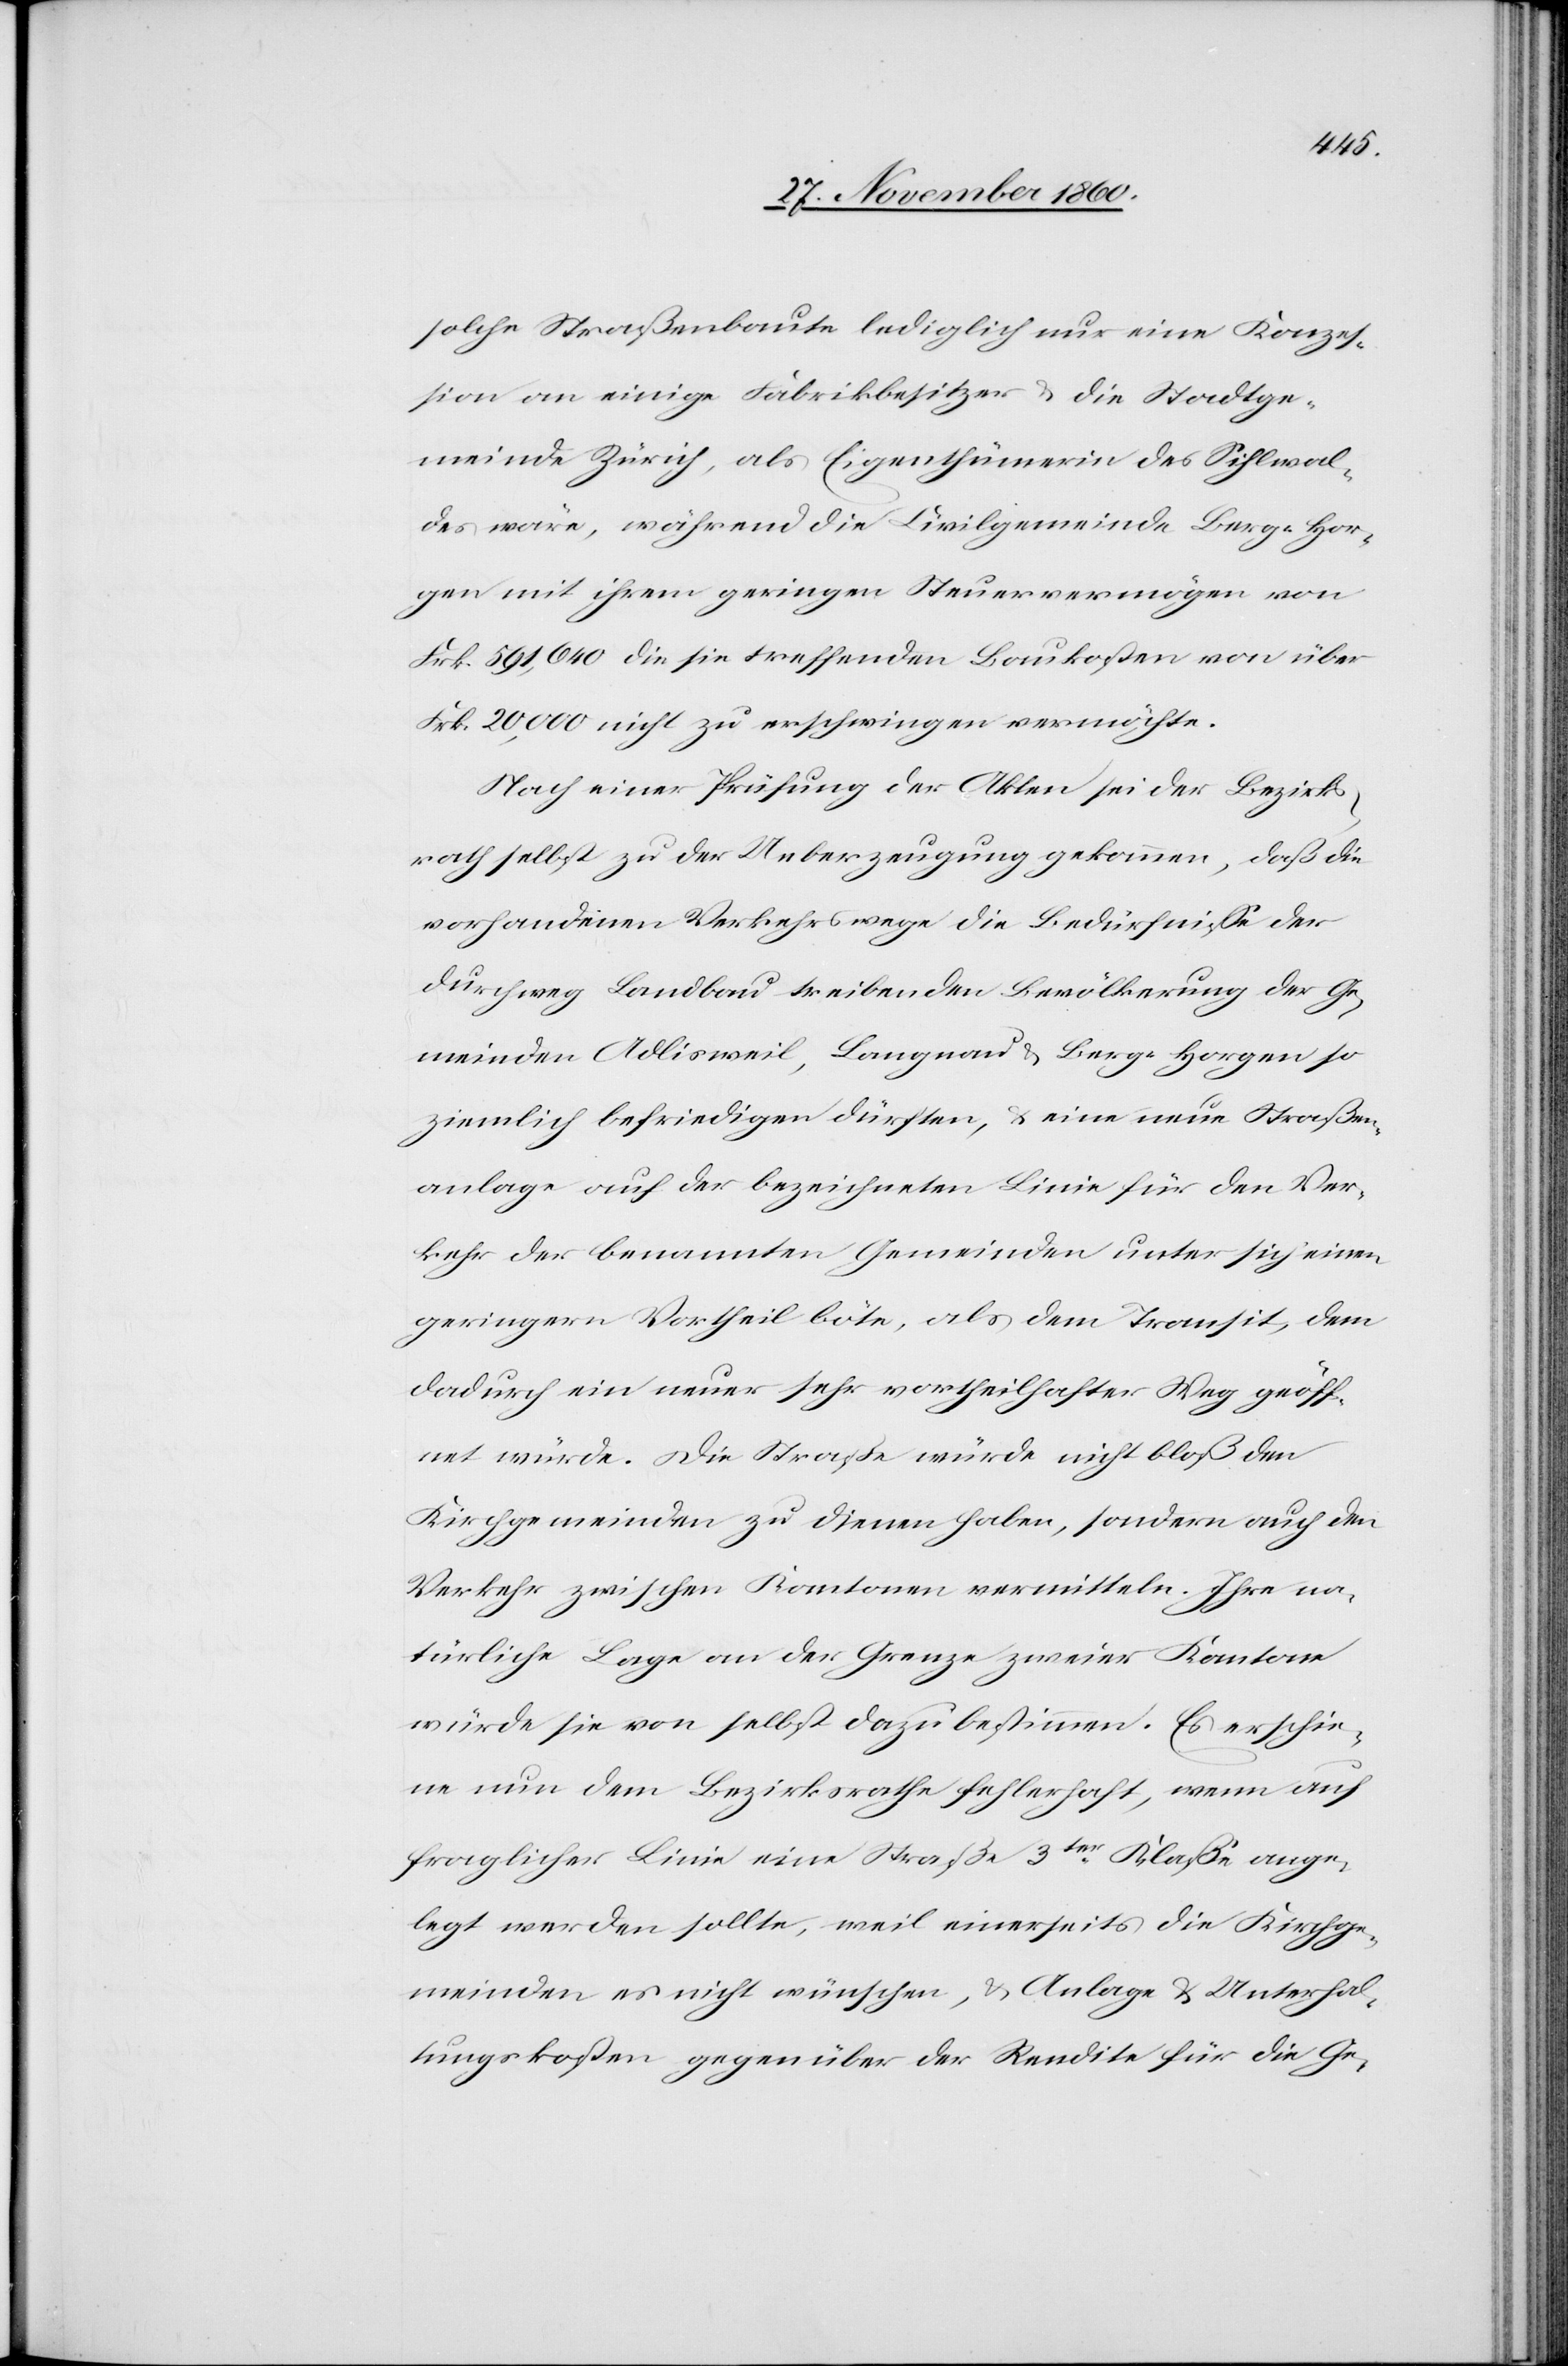
solche Straßenbaute lediglich nur eine Konzes¬
sion an einige Fabrikbesitzer u. die Stadtge¬
meine Zürich, als Eigenthümerin des Sihlwal¬
des, wäre, während die Civilgemeinde Berg-Hor¬
gen mit ihrem geringen Steuervermögen von
Frk. 20,000 nicht zu erschwingen vermöchte.
Nach einer Prüfung der Akten sei der Bezirks¬
rath selbst zu der Ueberzeugung gekommen, daß die
vorhandenen Verkehrswege die Bedürfnisse der
durchweg Landbau treibenden Bevölkerung der Ge¬
meinden Adlisweil, Langnau u. Berg-Horgen so
ziemlich befriedigen dürften, u. eine neue Straßen¬
anlage auf der bezeichneten Linie für den Ver¬
kehr der benannten Gemeinden unter sich einen
geringern Vortheil böte, als dem Transit, dem
dadurch ein neuer sehr vortheilhafter Weg geöff¬
net würde. Die Straße würde nicht bloß den
Kirchgemeinden zu dienen haben, sondern auch den
Verkehr zwischen Kantonen vermitteln. Ihre na¬
türliche Lage an der Grenze zweier Kantone
würde sie von selbst dazu bestimmen. Es erschie¬
ne nun dem Bezirksrathe fehlerhaft, wenn auf
fraglicher Linie eine Straße 3ter Klase ange¬
legt werden sollte, weil einerseits die Kirchge¬
meinden es nicht wünschen, die Anlage u. Unterha¬
ltungskosten gegenüber der Rendite für die Ge-